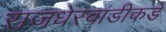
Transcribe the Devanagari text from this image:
राजधेरवाडीकडे